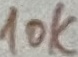
Text: 10K